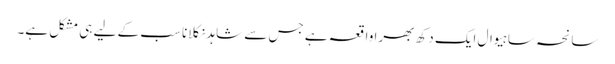
سانحہ ساہیوال ایک دکھ بھرا واقعہ ہے جس سے شاہد نکلانا سب کے لیے ہی مشکل ہے۔